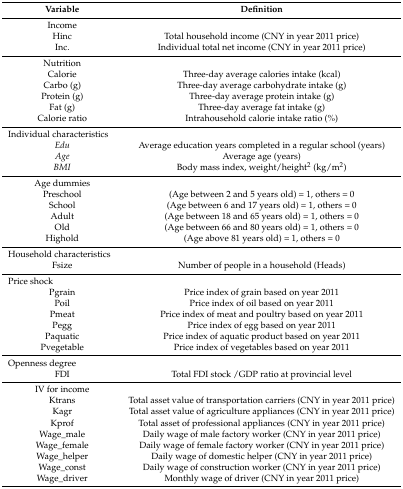
<table><thead><tr><td><b>Variable</b></td><td><b>Definition</b></td></tr></thead><tbody><tr><td>Income</td><td></td></tr><tr><td>Hinc</td><td>Total household income (CNY in year 2011 price)</td></tr><tr><td>Inc.</td><td>Individual total net income (CNY in year 2011 price)</td></tr><tr><td>Nutrition</td><td></td></tr><tr><td>Calorie</td><td>Three-day average calories intake (kcal)</td></tr><tr><td>Carbo (g)</td><td>Three-day average carbohydrate intake (g)</td></tr><tr><td>Protein (g)</td><td>Three-day average protein intake (g)</td></tr><tr><td>Fat (g)</td><td>Three-day average fat intake (g)</td></tr><tr><td>Calorie ratio</td><td>Intrahousehold calorie intake ratio (%)</td></tr><tr><td colspan="2">Individual characteristics</td></tr><tr><td><i>Edu</i></td><td>Average education years completed in a regular school (years)</td></tr><tr><td><i>Age</i></td><td>Average age (years)</td></tr><tr><td><i>BMI</i></td><td>Body mass index, weight/height<sup>2</sup> (kg/m<sup>2</sup>)</td></tr><tr><td>Age dummies</td><td></td></tr><tr><td>Preschool</td><td>(Age between 2 and 5 years old) = 1, others = 0</td></tr><tr><td>School</td><td>(Age between 6 and 17 years old) = 1, others = 0</td></tr><tr><td>Adult</td><td>(Age between 18 and 65 years old) = 1, others = 0</td></tr><tr><td>Old</td><td>(Age between 66 and 80 years old) = 1, others = 0</td></tr><tr><td>Highold</td><td>(Age above 81 years old) = 1, others = 0</td></tr><tr><td colspan="2">Household characteristics</td></tr><tr><td>Fsize</td><td>Number of people in a household (Heads)</td></tr><tr><td colspan="2">Price shock</td></tr><tr><td>Pgrain</td><td>Price index of grain based on year 2011</td></tr><tr><td>Poil</td><td>Price index of oil based on year 2011</td></tr><tr><td>Pmeat</td><td>Price index of meat and poultry based on year 2011</td></tr><tr><td>Pegg</td><td>Price index of egg based on year 2011</td></tr><tr><td>Paquatic</td><td>Price index of aquatic product based on year 2011</td></tr><tr><td>Pvegetable</td><td>Price index of vegetables based on year 2011</td></tr><tr><td colspan="2">Openness degree</td></tr><tr><td>FDI</td><td>Total FDI stock /GDP ratio at provincial level</td></tr><tr><td>IV for income</td><td></td></tr><tr><td>Ktrans</td><td>Total asset value of transportation carriers (CNY in year 2011 price)</td></tr><tr><td>Kagr</td><td>Total asset value of agriculture appliances (CNY in year 2011 price)</td></tr><tr><td>Kprof</td><td>Total asset of professional appliances (CNY in year 2011 price)</td></tr><tr><td>Wage_male</td><td>Daily wage of male factory worker (CNY in year 2011 price)</td></tr><tr><td>Wage_female</td><td>Daily wage of female factory worker (CNY in year 2011 price)</td></tr><tr><td>Wage_helper</td><td>Daily wage of domestic helper (CNY in year 2011 price)</td></tr><tr><td>Wage_const</td><td>Daily wage of construction worker (CNY in year 2011 price)</td></tr><tr><td>Wage_driver</td><td>Monthly wage of driver (CNY in year 2011 price)</td></tr></tbody></table>